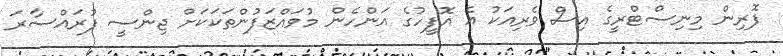
ފޮރިން މިނިސްޓްރީގެ އިސް ވެރިއަކު އެ އޮފީހުގެ އަންހެން މުވައްޒަފުންތަކަކަށް ޖިންސީ ފުރައްސާރަ